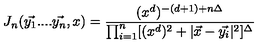
J _ { n } ( \vec { y _ { 1 } } . . . . \vec { y _ { n } } , x ) = \frac { ( x ^ { d } ) ^ { - ( d + 1 ) + n \Delta } } { \prod _ { i = 1 } ^ { n } [ ( x ^ { d } ) ^ { 2 } + | \vec { x } - \vec { y _ { i } } | ^ { 2 } ] ^ { \Delta } }